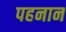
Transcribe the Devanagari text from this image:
पहनान